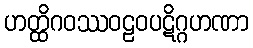
ဟတ္ထိဂဝဿဝဠဝပဋိဂ္ဂဟဏာ